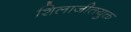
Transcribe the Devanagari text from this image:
शिलाजीतयुक्त